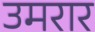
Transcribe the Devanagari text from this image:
उमरार